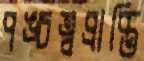
পঙ্চত্বপ্রাপ্তি